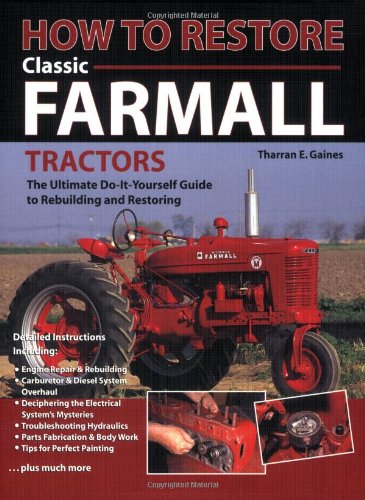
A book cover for How To Restore Classic Farmall Tractors: The Ultimate Do-it-Yourself Guide to Rebuilding and Restoring; Tharran E Gaines; Crafts, Hobbies & Home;